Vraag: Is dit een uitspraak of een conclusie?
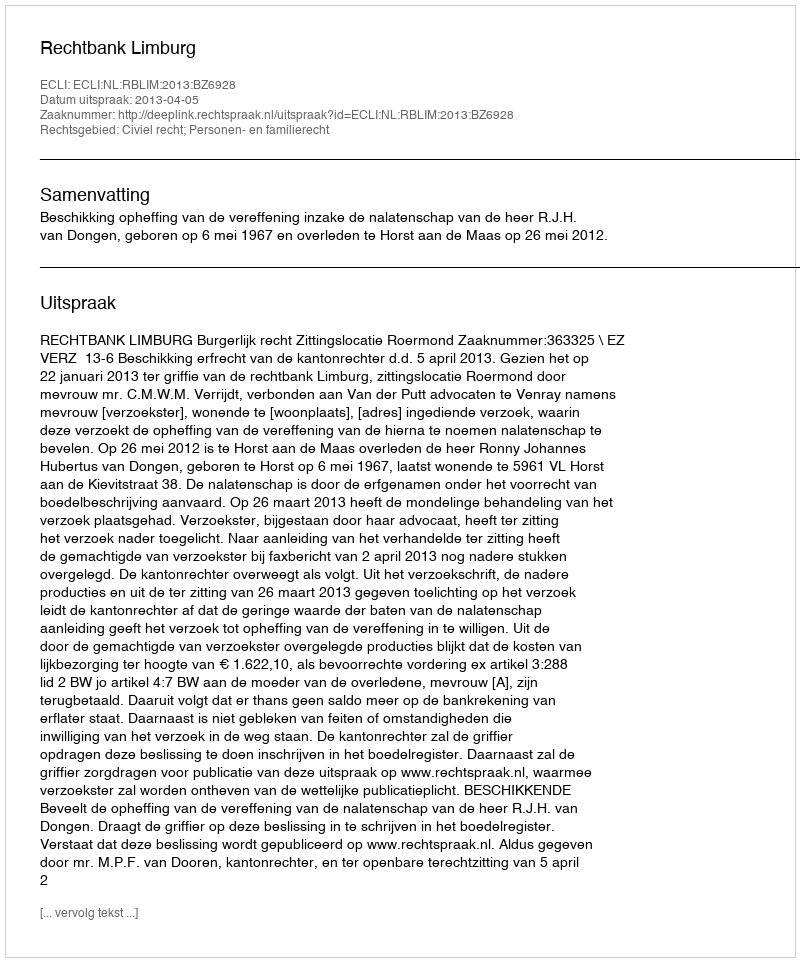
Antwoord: Uitspraak